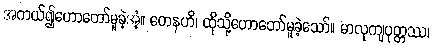
အကယ်၍ဟောတော်မူခဲ့အံ့။ တေနဟိ၊ ထိုသို့ဟောတော်မူခဲ့သော်။ မာလုကျပုတ္တဿ၊